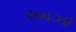
રામઝી